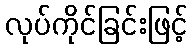
လုပ်ကိုင်ခြင်းဖြင့်